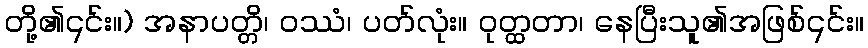
တို့၏၎င်း။) အနာပတ္တိ၊ ဝဿံ၊ ပတ်လုံး။ ဝုတ္ထတာ၊ နေပြီးသူ၏အဖြစ်၎င်း။